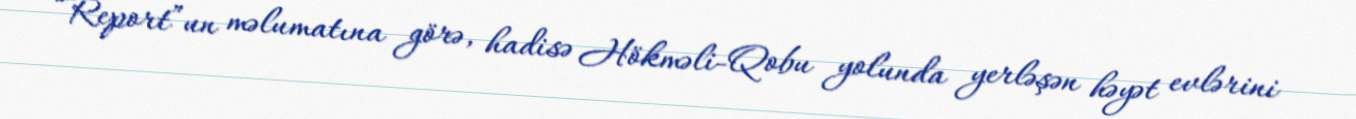
“Report”un məlumatına görə, hadisə Hökməli-Qobu yolunda yerləşən həyət evlərini